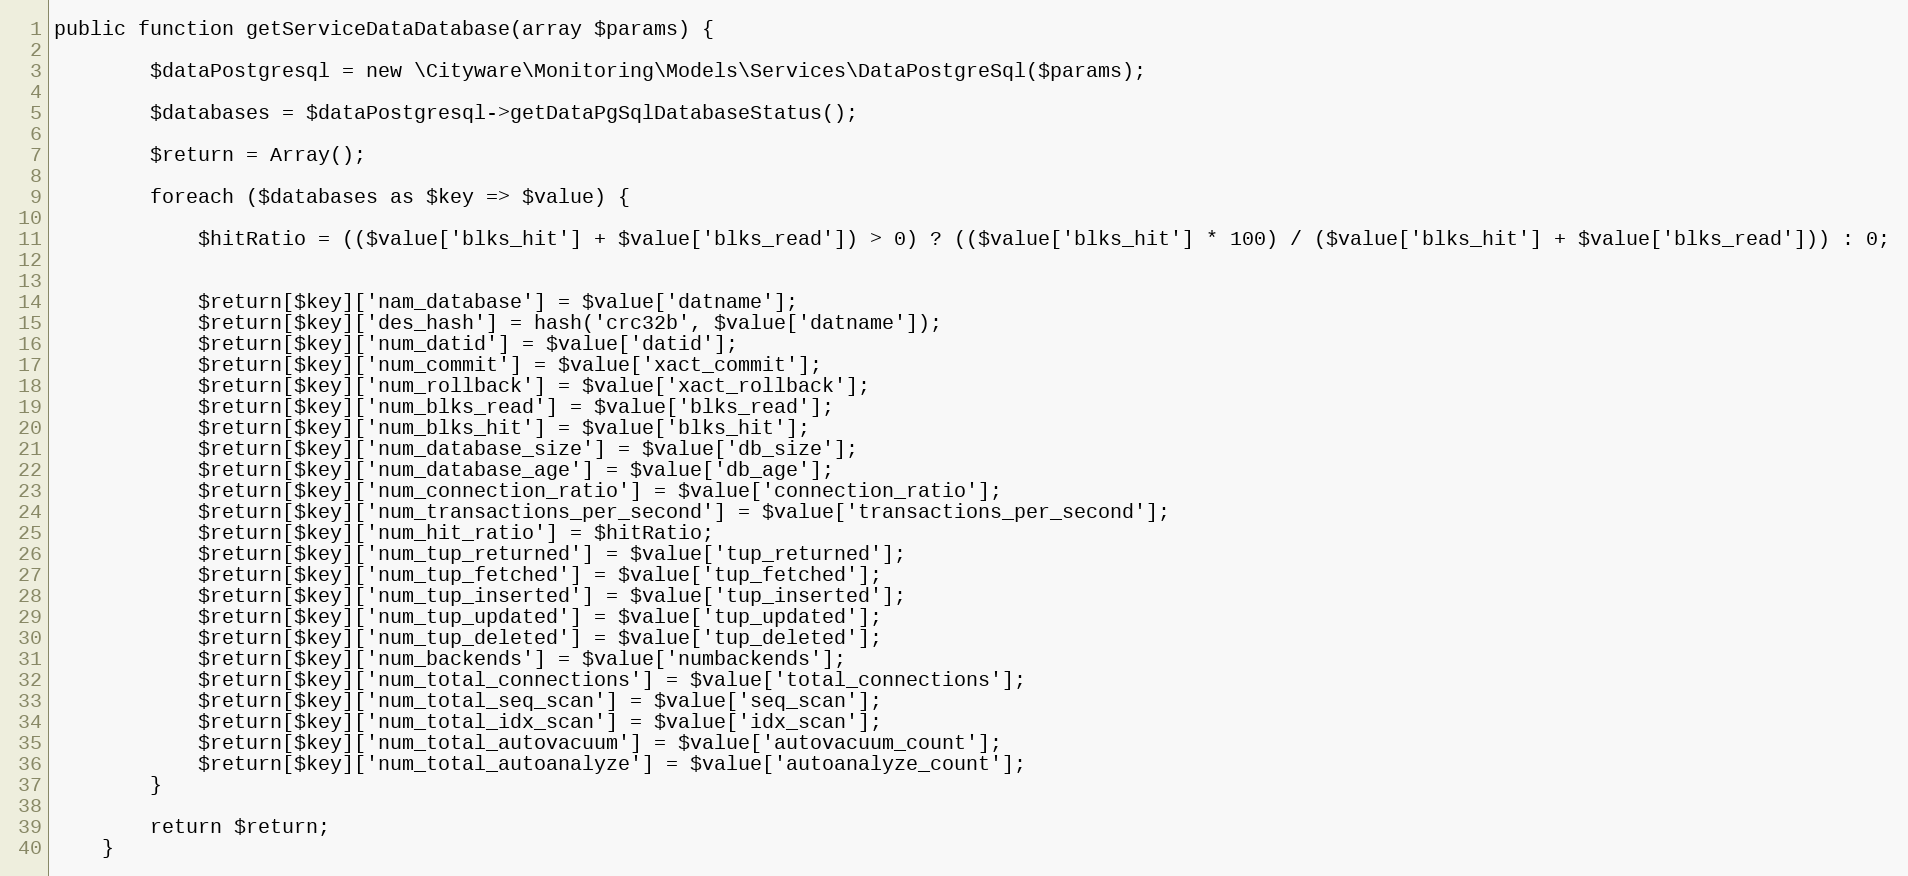
Language: PHP
public function getServiceDataDatabase(array $params) {

        $dataPostgresql = new \Cityware\Monitoring\Models\Services\DataPostgreSql($params);

        $databases = $dataPostgresql->getDataPgSqlDatabaseStatus();

        $return = Array();

        foreach ($databases as $key => $value) {

            $hitRatio = (($value['blks_hit'] + $value['blks_read']) > 0) ? (($value['blks_hit'] * 100) / ($value['blks_hit'] + $value['blks_read'])) : 0;

            $return[$key]['nam_database'] = $value['datname'];
            $return[$key]['des_hash'] = hash('crc32b', $value['datname']);
            $return[$key]['num_datid'] = $value['datid'];
            $return[$key]['num_commit'] = $value['xact_commit'];
            $return[$key]['num_rollback'] = $value['xact_rollback'];
            $return[$key]['num_blks_read'] = $value['blks_read'];
            $return[$key]['num_blks_hit'] = $value['blks_hit'];
            $return[$key]['num_database_size'] = $value['db_size'];
            $return[$key]['num_database_age'] = $value['db_age'];
            $return[$key]['num_connection_ratio'] = $value['connection_ratio'];
            $return[$key]['num_transactions_per_second'] = $value['transactions_per_second'];
            $return[$key]['num_hit_ratio'] = $hitRatio;
            $return[$key]['num_tup_returned'] = $value['tup_returned'];
            $return[$key]['num_tup_fetched'] = $value['tup_fetched'];
            $return[$key]['num_tup_inserted'] = $value['tup_inserted'];
            $return[$key]['num_tup_updated'] = $value['tup_updated'];
            $return[$key]['num_tup_deleted'] = $value['tup_deleted'];
            $return[$key]['num_backends'] = $value['numbackends'];
            $return[$key]['num_total_connections'] = $value['total_connections'];
            $return[$key]['num_total_seq_scan'] = $value['seq_scan'];
            $return[$key]['num_total_idx_scan'] = $value['idx_scan'];
            $return[$key]['num_total_autovacuum'] = $value['autovacuum_count'];
            $return[$key]['num_total_autoanalyze'] = $value['autoanalyze_count'];
        }

        return $return;
    }